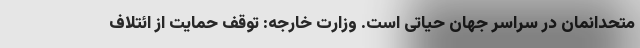
متحدانمان در سراسر جهان حیاتی است. وزارت خارجه: توقف حمایت از ائتلاف